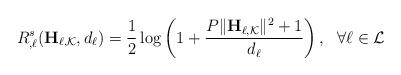
LaTeX: \begin{align*}R^s_{,\ell}(\mathbf{H}_{\ell,\mathcal{K}},d_\ell) = \frac{1}{2} \log \left( 1 + \frac{P \|\mathbf{H}_{\ell,\mathcal{K}}\|^2 +1 }{d_\ell} \right), \ \ \forall \ell \in \mathcal{L}\end{align*}